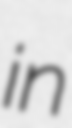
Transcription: in